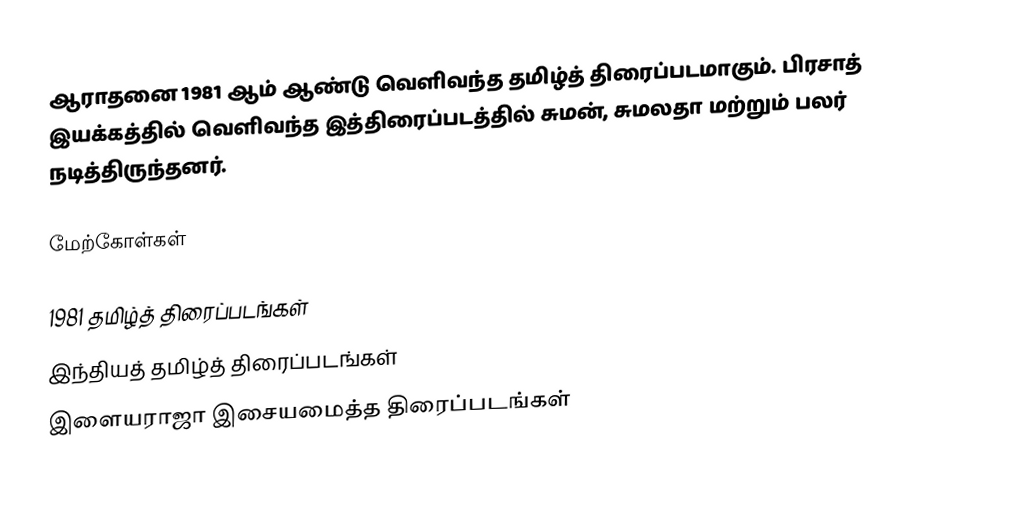
ஆராதனை 1981 ஆம் ஆண்டு வெளிவந்த தமிழ்த் திரைப்படமாகும். பிரசாத் இயக்கத்தில் வெளிவந்த இத்திரைப்படத்தில் சுமன், சுமலதா மற்றும் பலர் நடித்திருந்தனர்.

மேற்கோள்கள்

1981 தமிழ்த் திரைப்படங்கள்
இந்தியத் தமிழ்த் திரைப்படங்கள்
இளையராஜா இசையமைத்த திரைப்படங்கள்